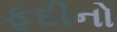
ફૂદીનો